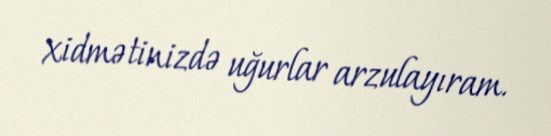
xidmətinizdə uğurlar arzulayıram.